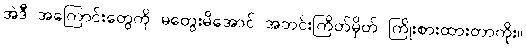
အဲဒီ အကြောင်းတွေကို မတွေးမိအောင် အတင်းကြိတ်မှိတ် ကြိုးစားထားတာကိုး။